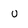
Character: u